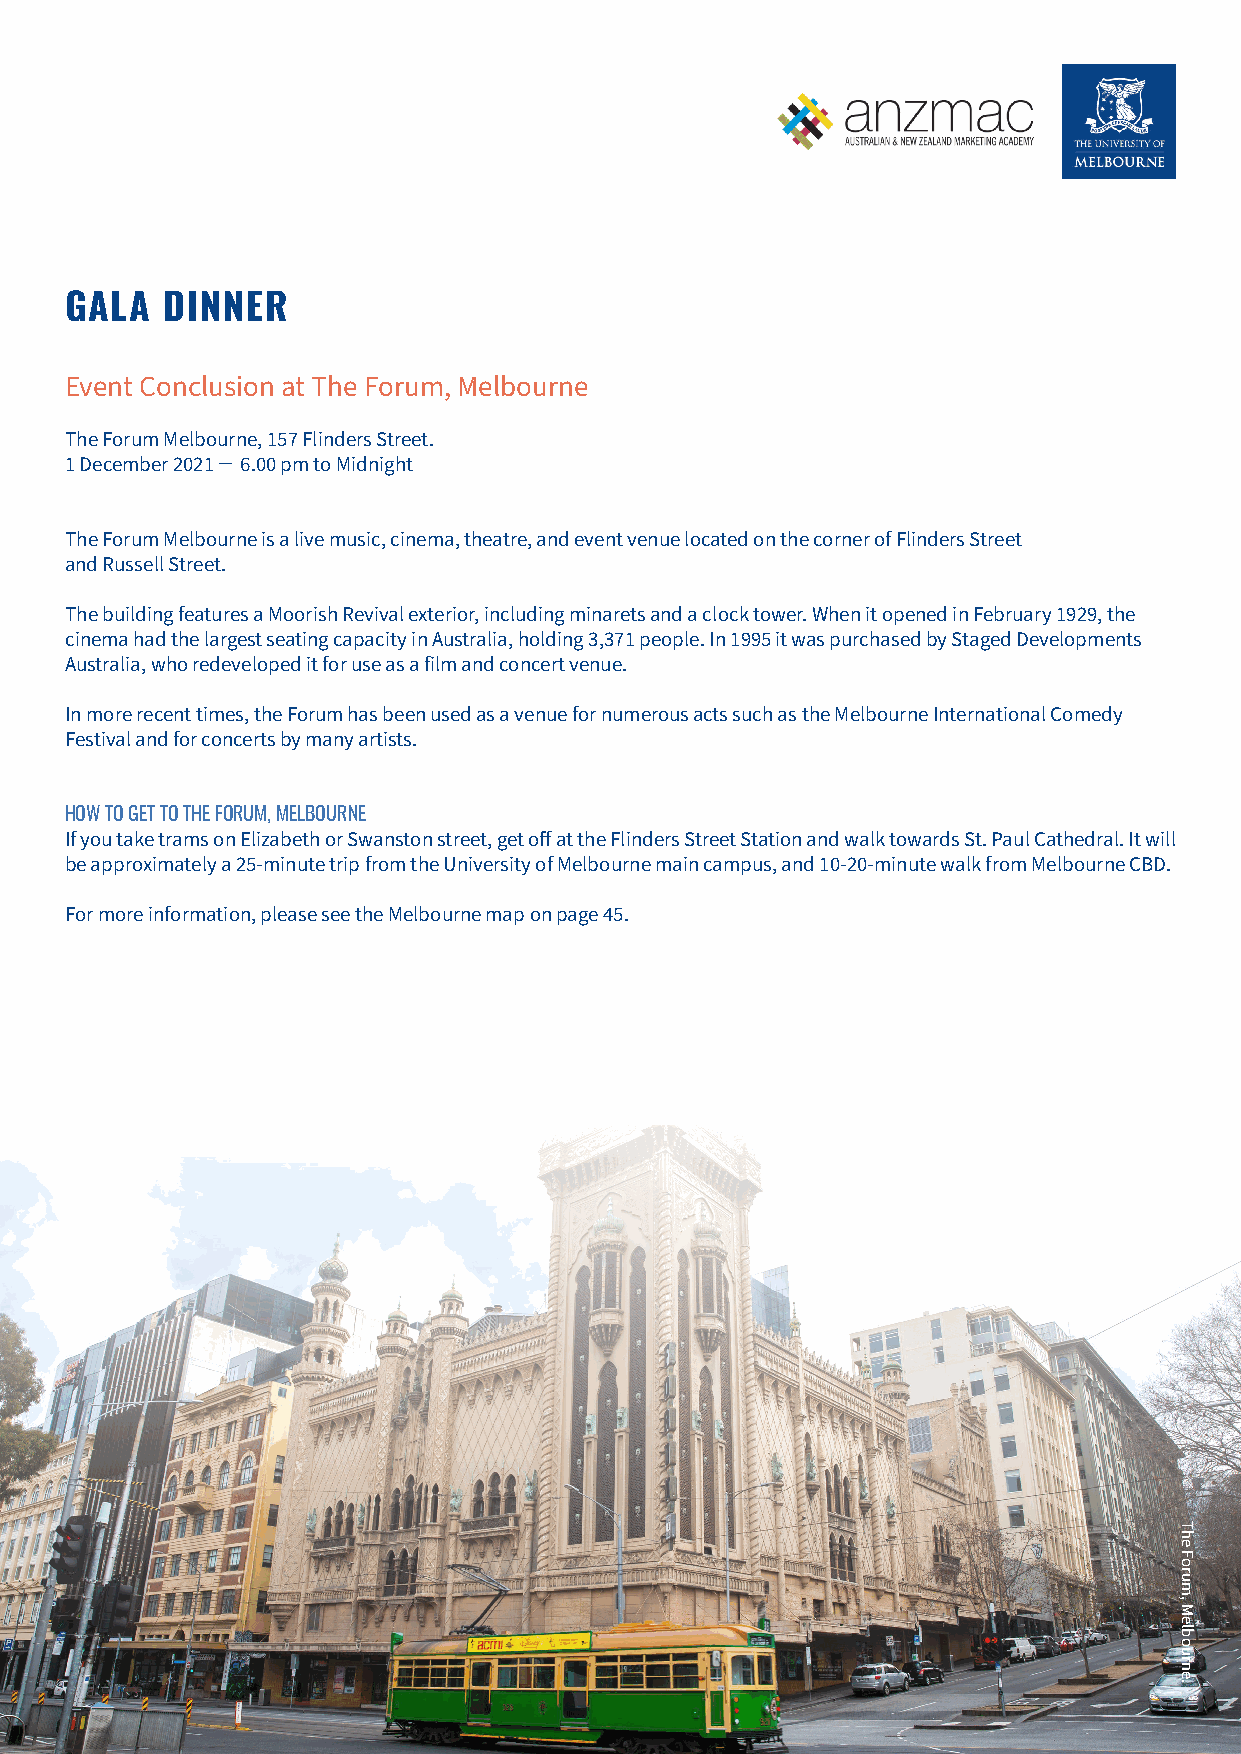
GALA   DINNER
 Event Conclusion at The Forum, Melbourne
 The Forum Melbourne, 157 Flinders Street.
 1 December 2021 ̶ 6.00 pm to Midnight
 The Forum Melbourne is a live music, cinema, theatre, and event venue located on the corner of Flinders Street
 and Russell Street.
 The building features a Moorish Revival exterior, including minarets and a clock tower. When it opened in February 1929, the
 cinema had the largest seating capacity in Australia, holding 3,371 people. In 1995 it was purchased by Staged Developments
 Australia, who redeveloped it for use as a film and concert venue.
 In more recent times, the Forum has been used as a venue for numerous acts such as the Melbourne International Comedy
 Festival and for concerts by many artists.
 HOW TO GET TO THE FORUM, MELBOURNE
 If you take trams on Elizabeth or Swanston street, get off at the Flinders Street Station and walk towards St. Paul Cathedral. It will
 be approximately a 25-minute trip from the University of Melbourne main campus, and 10-20-minute walk from Melbourne CBD.
 For more information, please see the Melbourne map on page 45.
 WWW.ANZMAC2021.COM | #ANZMAC2021 | 40
 The
 Forum,
 Melbourne.